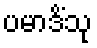
ပမာဒိံသု